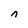
Character: n